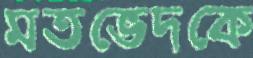
মতভেদকে